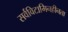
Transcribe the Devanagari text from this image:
सर्वविटामिनहीनता